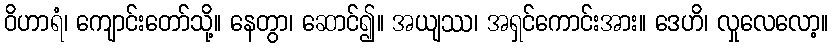
ဝိဟာရံ၊ ကျောင်းတော်သို့။ နေတွာ၊ ဆောင်၍။ အယျဿ၊ အရှင်ကောင်းအား။ ဒေဟိ၊ လှုလေလော့။